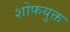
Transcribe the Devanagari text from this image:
शोफयुक्त